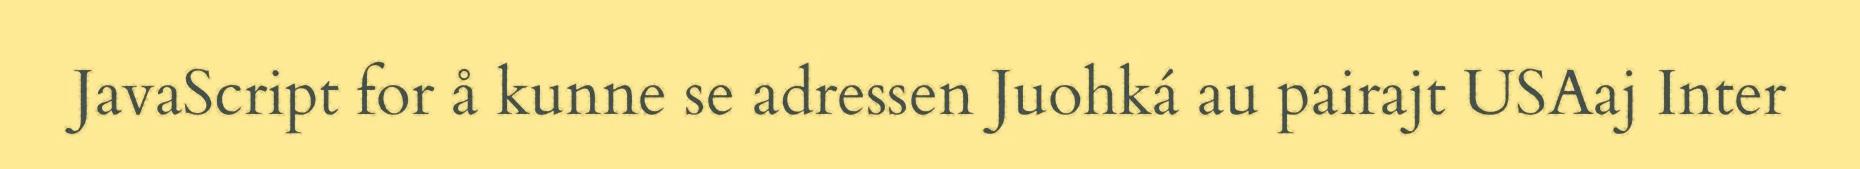
JavaScript for å kunne se adressen Juohká au pairajt USAaj Inter